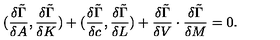
( { \frac { \delta \tilde { \Gamma } } { \delta A } } , { \frac { \delta \tilde { \Gamma } } { \delta K } } ) + ( { \frac { \delta \tilde { \Gamma } } { \delta c } } , { \frac { \delta \tilde { \Gamma } } { \delta L } } ) + { \frac { \delta \tilde { \Gamma } } { \delta V } } \cdot { \frac { \delta \tilde { \Gamma } } { \delta M } } = 0 .